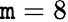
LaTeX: \mathtt{m}=8